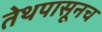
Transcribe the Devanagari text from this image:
तेथपासूनच